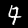
Label: 4